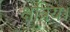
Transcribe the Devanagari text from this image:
क्षत्रिय।